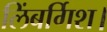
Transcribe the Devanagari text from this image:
लिंबर्गिश।